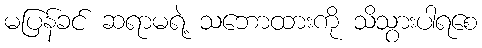
မပြန်ခင် ဆရာမရဲ့ သဘောထားကို သိသွားပါရစေ